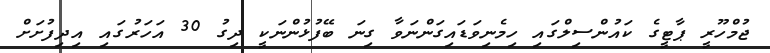
ޖުމްހޫރީ ޕާޓީގެ ކައުންސިލްގައި ހިމެނިވަޑައިގަންނަވާ ގިނަ ބޭފުޅުންނަކީ ދިގު 30 އަހަރުގައި އިދިފުށަށް